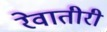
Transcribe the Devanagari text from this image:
रेवातीरी